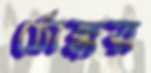
ঠোক্কর